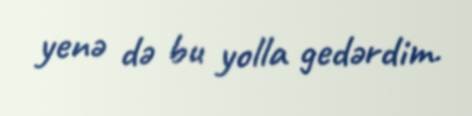
yenə də bu yolla gedərdim.